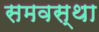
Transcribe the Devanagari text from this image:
समवस्था